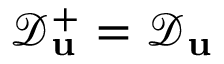
\mathcal { D } _ { \mathbf { u } } ^ { + } = \mathcal { D } _ { \mathbf { u } }